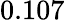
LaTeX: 0.107